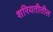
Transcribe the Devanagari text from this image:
शरियतीतील